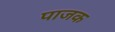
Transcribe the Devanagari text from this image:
पाजक